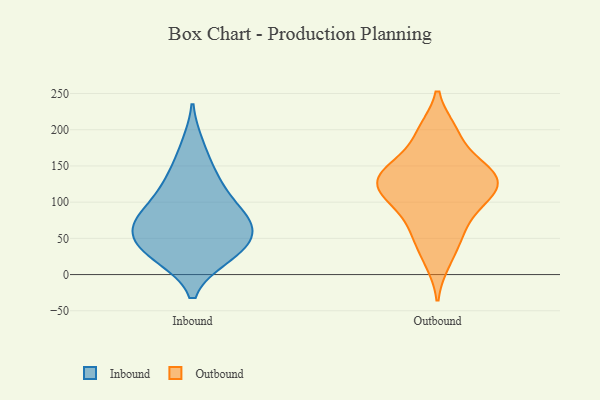
{"axis": {"x": "Headcount", "y": "Value"}, "legend": ["Inbound", "Outbound"], "data": [{"x": "", "y": 40, "type": "Inbound"}, {"x": "", "y": 87, "type": "Inbound"}, {"x": "", "y": 128, "type": "Inbound"}, {"x": "", "y": 25, "type": "Inbound"}, {"x": "", "y": 30, "type": "Inbound"}, {"x": "", "y": 178, "type": "Inbound"}, {"x": "", "y": 138, "type": "Inbound"}, {"x": "", "y": 71, "type": "Inbound"}, {"x": "", "y": 67, "type": "Inbound"}, {"x": "", "y": 57, "type": "Inbound"}, {"x": "", "y": 81, "type": "Inbound"}, {"x": "", "y": 60, "type": "Inbound"}, {"x": "", "y": 25, "type": "Inbound"}, {"x": "", "y": 106, "type": "Inbound"}, {"x": "", "y": 56, "type": "Outbound"}, {"x": "", "y": 153, "type": "Outbound"}, {"x": "", "y": 142, "type": "Outbound"}, {"x": "", "y": 53, "type": "Outbound"}, {"x": "", "y": 123, "type": "Outbound"}, {"x": "", "y": 106, "type": "Outbound"}, {"x": "", "y": 86, "type": "Outbound"}, {"x": "", "y": 102, "type": "Outbound"}, {"x": "", "y": 197, "type": "Outbound"}, {"x": "", "y": 126, "type": "Outbound"}, {"x": "", "y": 18, "type": "Outbound"}, {"x": "", "y": 135, "type": "Outbound"}, {"x": "", "y": 120, "type": "Outbound"}, {"x": "", "y": 199, "type": "Outbound"}, {"x": "", "y": 151, "type": "Outbound"}]}